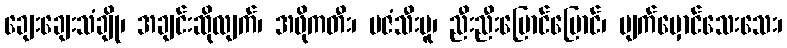
ချေးချေးသံချို၊ အချင်းဆိုလျက်၊ အဖိုကတီး၊ မဇံသီးမူ၊ ညီးညီးပြောင်ပြောင်၊ မျက်မှောင်သေးသေး၊